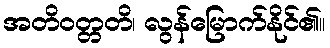
အတိဝတ္တတိ၊ လွန်မြောက်နိုင်၏။